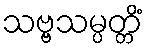
သဗ္ဗသမ္ပတ္တိံ